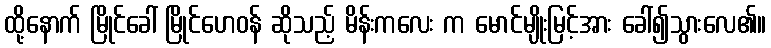
ထို့နောက် မြိုင်ခေါ် မြိုင်ဟေဝန် ဆိုသည့် မိန်းကလေး က မောင်မျိုးမြင့်အား ခေါ်၍သွားလေ၏။